Scottish Certificate of Education, 1963
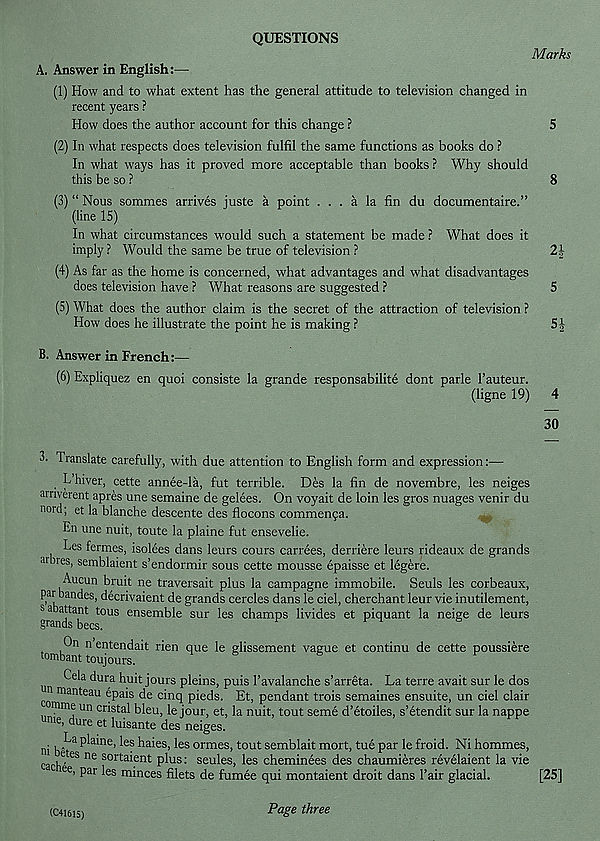
QUESTIONS
Marks
A. Answer in English:—
(1) How and to what extent has the general attitude to television changed in
recent years ?
How does the author account for this change ?
5
(2) In what respects does television fulfil the same functions as books do ?
In what ways has it proved more acceptable than books ? Why should
this be so ?
8
(3) “ Nous sommes arrives juste a point ... a la fin du documentaire.”
(line 15)
In what circumstances -would such a statement be made ? What does it
imply ? Would the same be true of television ?
2 J
(4) As far as the home is concerned, what advantages and what disadvantages
does television have ? What reasons are suggested ?
5
(5) What does the author claim is the secret of the attraction of television ?
How does he illustrate the point he is making ?
Si-
ll. Answer in French:—
(6) Expliquez en quoi consiste la grande responsabilite dont parle I’auteur.
(ligne 19) 4
30
3. Translate carefully, with due attention to English form and expression:—
L hiver, cette annee-la, fut terrible. Des la fin de novembre, les neiges
arnverent apres une semaine de gelees. On voyait de loin les gros nuages venir du
nord; et la blanche descente des flocons commenfa.
En une nuit, toute la plaine fut ensevelie.
Les fermes, isolees dans leurs cours carrees, derriere leurs rideaux de grands
■irbres, semblaient s’endormir sous cette mousse epaisse et legere.
Aucun bruit ne traversait plus la campagne immobile. Seuls les corbeaux,
par bandes, decrivaient de grands cercles dans le ciel, cherchant leur vie inutilement,
s a attant tous ensemble sur les champs livides et piquant la neige de leurs
grands bees.
On n entendait rien que le glissement vague et continu de cette poussiere
tombant toujours.
^ Cela dura huit jours pleins, puis I’avalanche s’arreta. La terre avail sur le dos
manteau epais de cinq pieds. Et, pendant trois semaines ensuite, un ciel clair
online un cristal bleu, le jour, et, la nuit, tout seme d’etoiles, s’etendit sur la nappe
ume, dure et luisante des neiges.
ni bfi 2 h a r es . les ormes, tout semblait mort, tue par le froid. Ni hommes,
c , e , es ne sortaient plus: seules, les cheminees des chaumieres revelaient la vie
e e, par les minces filets de fumee qui montaient droit dans 1’air glacial.
[25]
(C4161S)
Page three